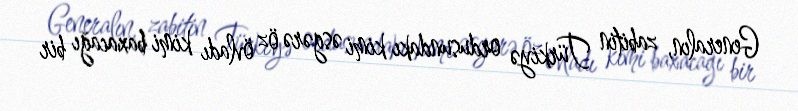
Generalın, zabitin Türkiyə ordusundakı kimi əsgərə öz övladı kimi baxacağı bir